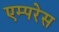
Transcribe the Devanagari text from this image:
एम्परेस